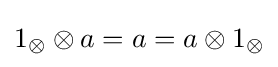
1_{\otimes }\otimes a=a=a\otimes 1_{\otimes }